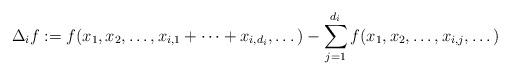
LaTeX: \begin{align*}\Delta_i f := f(x_1, x_2, \dots, x_{i,1}+\cdots+ x_{i,d_i}, \dots)- \sum_{j=1}^{d_i} f(x_1, x_2, \dots, x_{i,j}, \dots)\end{align*}